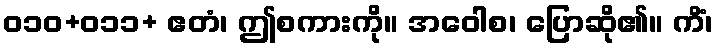
ဝ၁၀+ဝ၁၁+ ဧတံ၊ ဤစကားကို။ အဝေါစ၊ ပြောဆို၏။ ကိံ၊